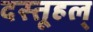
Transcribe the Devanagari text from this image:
दस्तूहल्